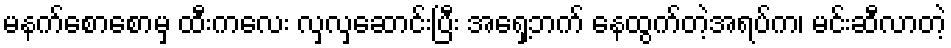
မနက်စောစောမှ ထီးကလေး လှလှဆောင်းပြီး အရှေ့ဘက် နေထွက်တဲ့အရပ်က၊ မင်းဆီလာတဲ့